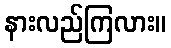
နားလည်ကြလား။